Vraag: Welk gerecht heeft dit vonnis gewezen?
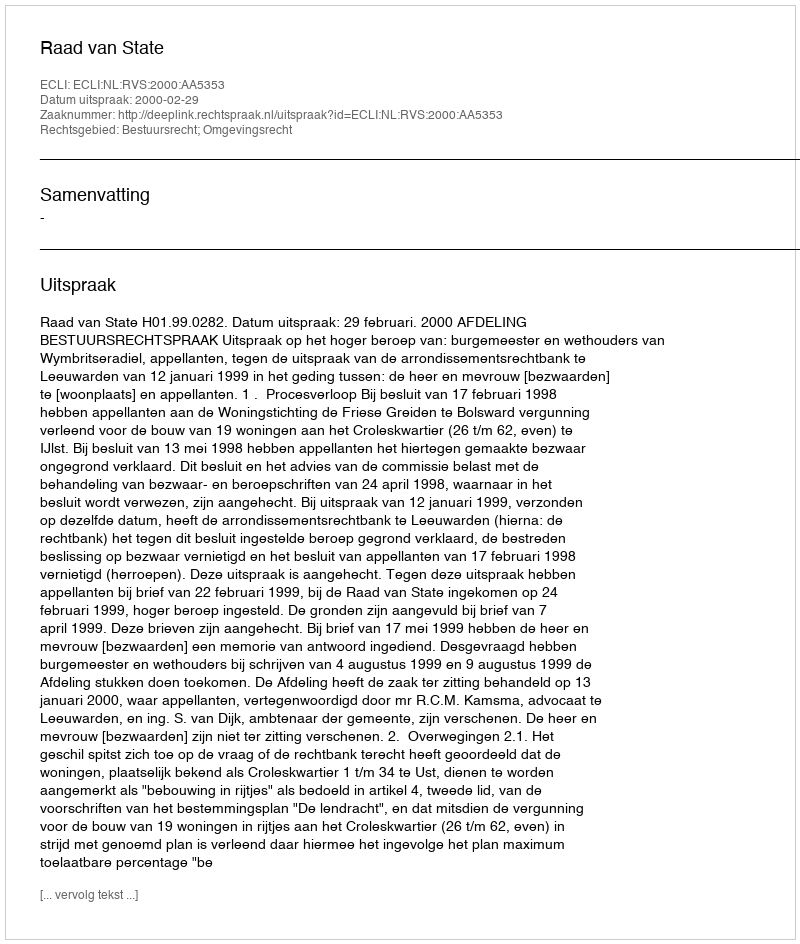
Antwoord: Raad van State